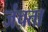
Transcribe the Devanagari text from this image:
जंचता